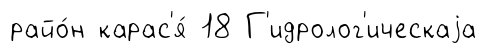
райо́н карас'я́ 18 Г'идролог'ическаjа